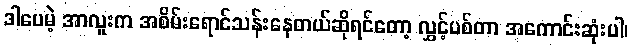
ဒါပေမဲ့ အာလူးက အစိမ်းရောင်သန်းနေတယ်ဆိုရင်တော့ လွှင့်ပစ်တာ အကောင်းဆုံးပါ၊